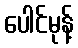
ပေါင်မုန့်